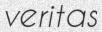
veritas